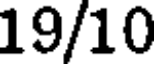
19/10